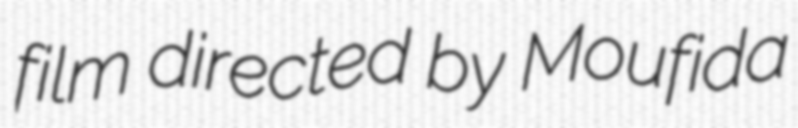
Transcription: film directed by Moufida